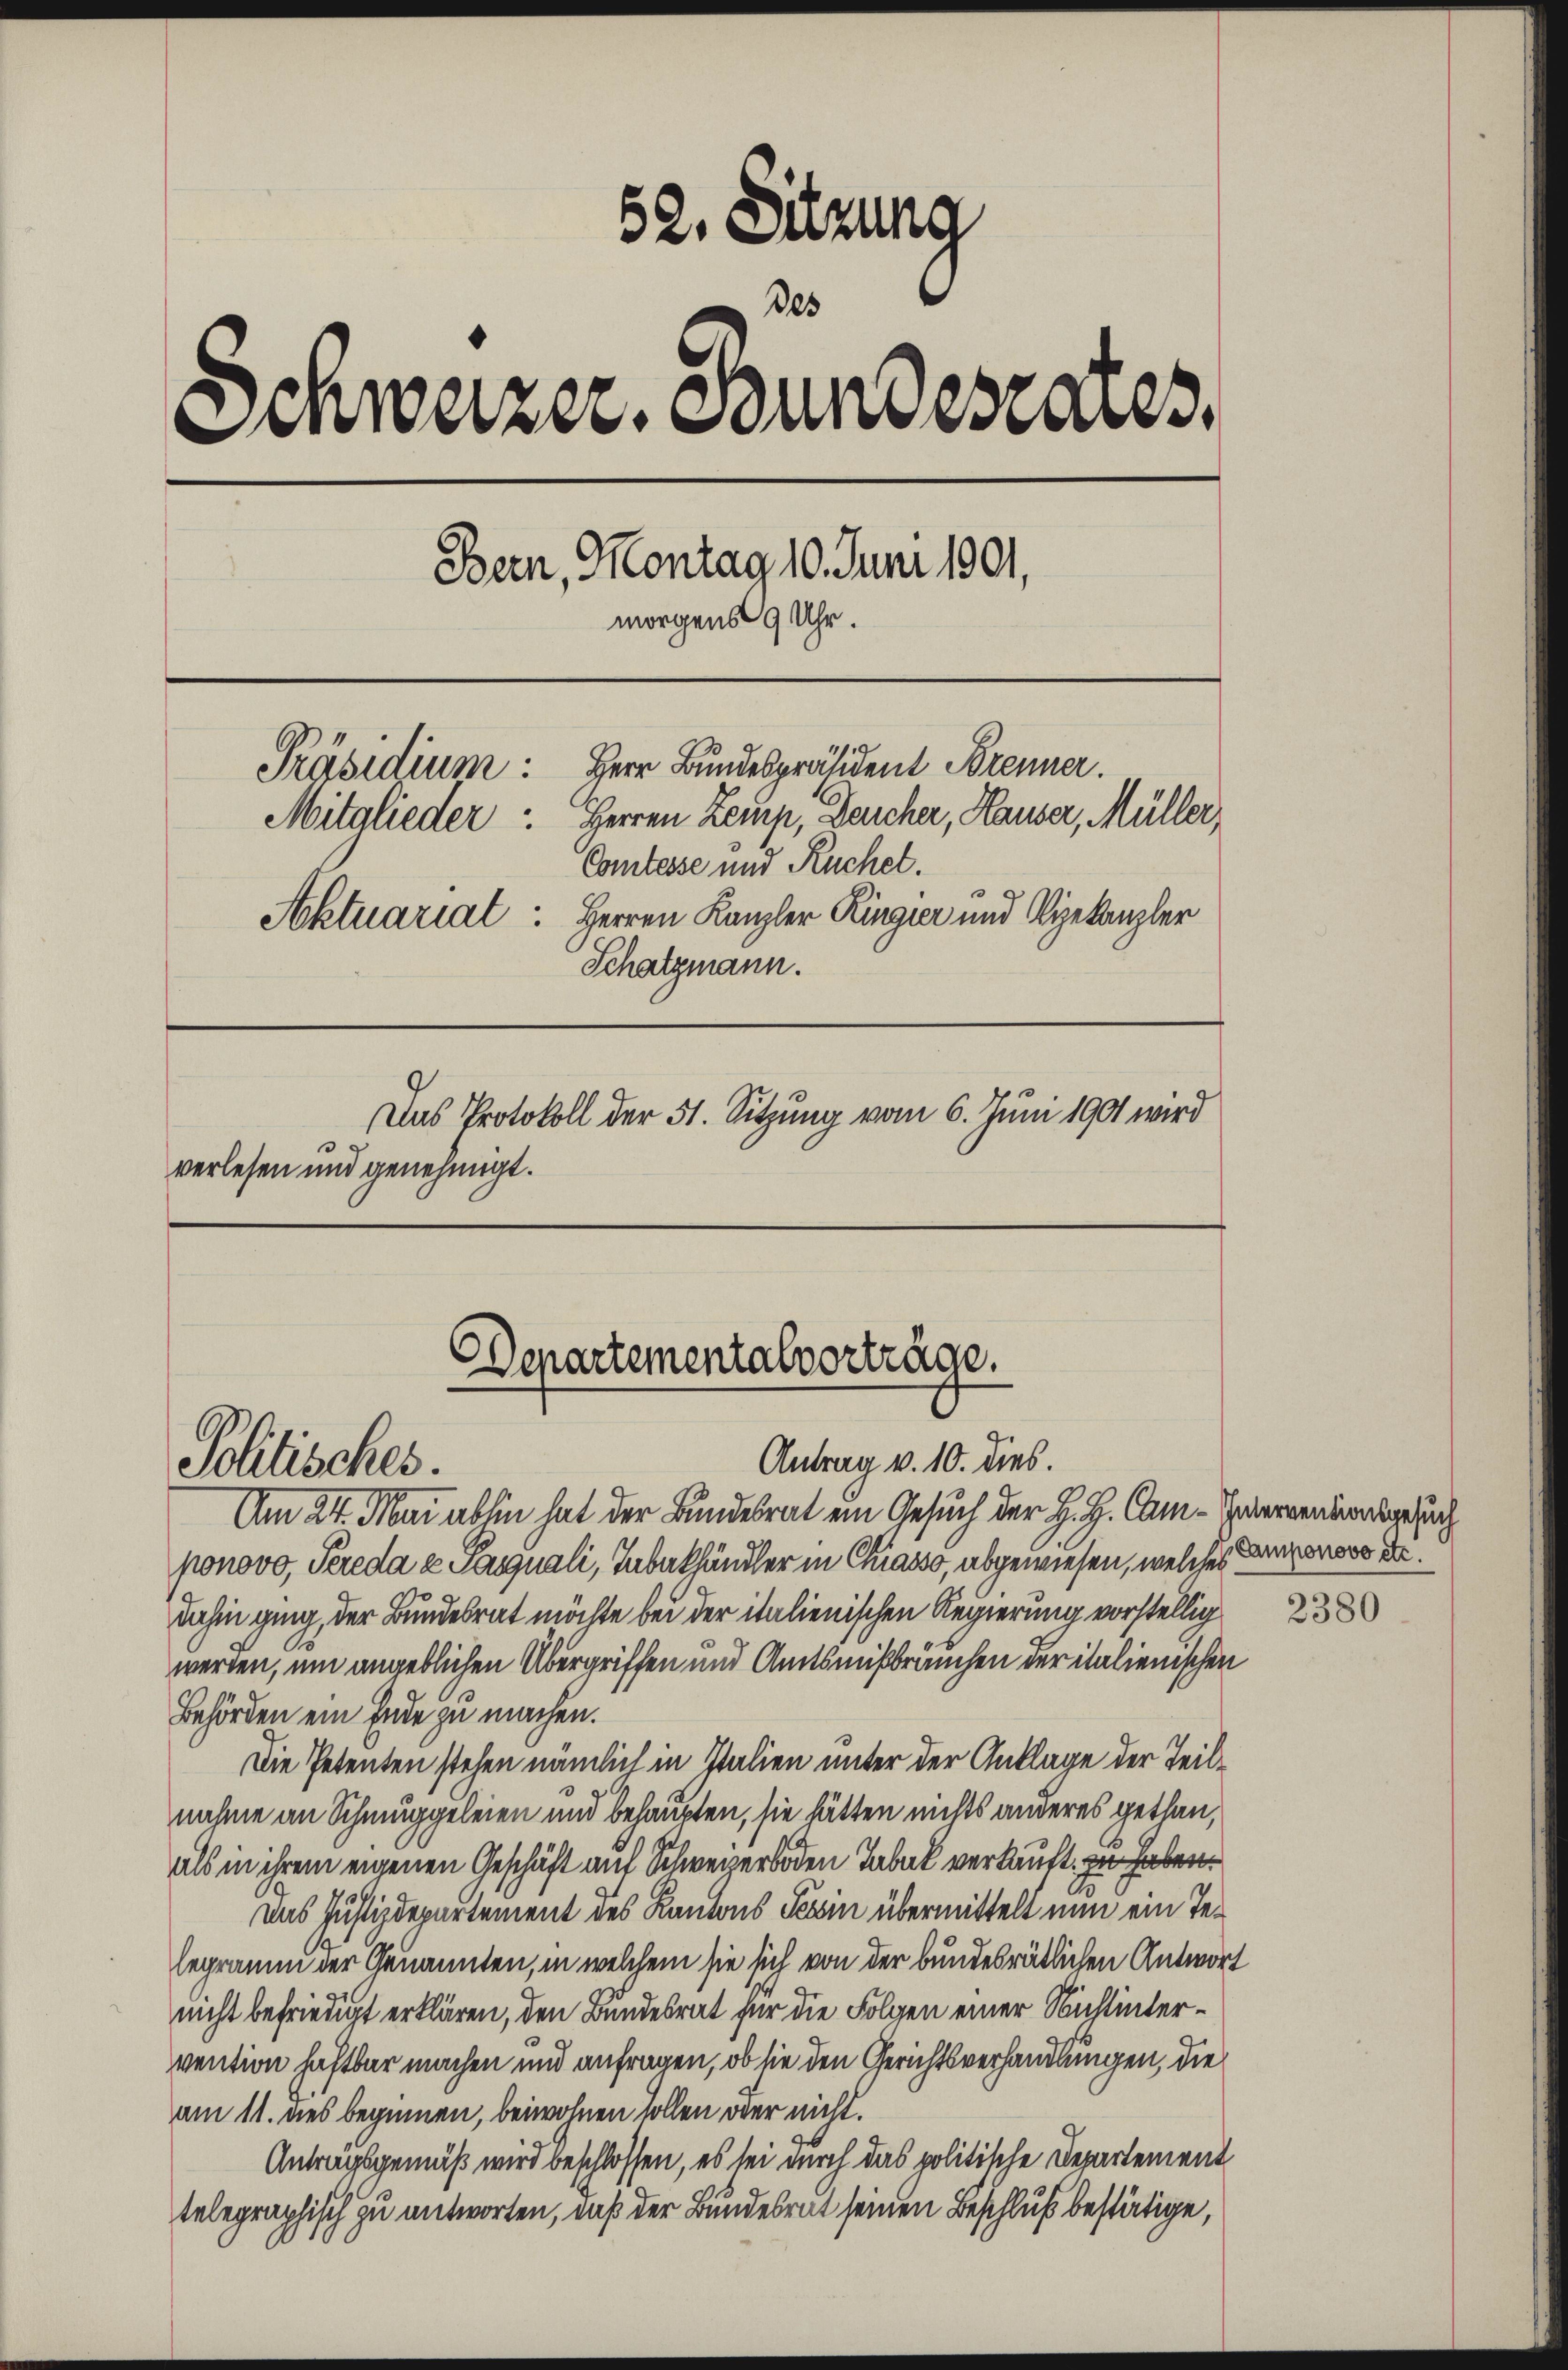
52. Sitzung
Des
Anweizer. Stundesares,
Bern, Montag 10. Juni 1901,
morgens 9 Uhr.
Herr Bundespräsident Brenner.
Präsidium:
Mitglieder: Herren Zeurp, Deucher, Hauser, Müller,
Comtesse und Kuchel.
Aktuariat: Herren Kanzler Ringier und Vizekanzler
Schatzmann.
Das Protokoll der 51. Sitzung vom 6. Juni 1901 wird
verlesen und genehmigt.

Antrag v. 10. dies.
Politisches.

Am 24. Mai abhin hat der Bundesrat ein Gesuch der H. H. Cam-Venerwendesgesuch
ponovo, Sereda z Pasquali, Tabakhändler in Chiasso, abgewiesen, welches der D
dahin ging, der Bundesrat möchte bei der italienischen Regierung vorstellig
werden, um angeblichen Übergriffen und Amtsmißbräuchen der italienischen
Behörden ein Ende zu machen.
Die Petenten stehen nämlich in Italien unter der Anklage der Teilnahme an Schmuggeleien und behaupten, sie hätten nichts anderes gethan,
als in ihrem eigenen Geschäft auf Schweizerboden Tabak verkauft, zu haben.
Das Justizdepartement des Kantons Tessin übermittelt nun ein Telegramm der Genannten, in welchem sie sich von der bundesrätlichen Antwort
nicht befriedigt erklären, den Bundesrat für die Folgen einer Nichtintervention haftbar machen und anfragen, ob sie den Gerichtsverhandlungen, die
am 11. des beginnen, beiwohnen sollen oder nicht.
Antragsgemäß wird beschlossen, es sei durch das politische Departement
telegraphisch zu antworten, daß der Bundesrat seinen Beschluß bestätige,

Departementalvorträge.

2380